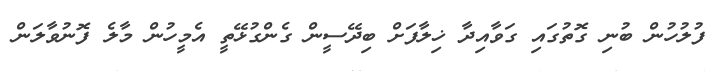
ފުލުހުން ބުނި ގޮތުގައި ގަވާއިދާ ޚިލާފަށް ބިދޭސީން ގެންގުޅޭތީ އެމީހުން މާލެ ފޮނުވާލަން